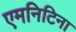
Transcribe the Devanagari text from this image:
एमनिटिना